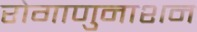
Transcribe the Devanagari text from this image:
रोगाणुनाशन